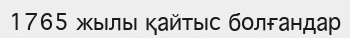
1765 жылы қайтыс болғандар